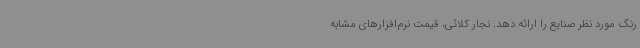
رنگ مورد نظر صنایع را ارائه دهد. نجار کلائی، قیمت نرم‌افزارهای مشابه